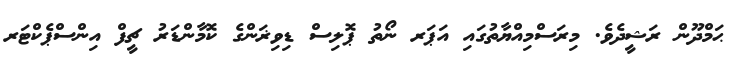
ޙަމްދޫން ރަޝީދެވެ. މިރަސްމިއްޔާތުގައި އަޕަރ ނޯތު ޕޮލިސް ޑިވިޜަންގެ ކޮމާންޑަރު ޗީފް އިންސްޕެކްޓަރ